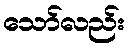
သော်လည်း